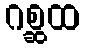
ဂစ္ဆထ